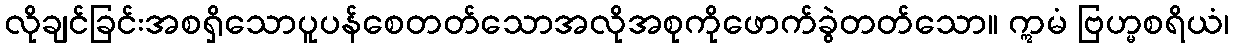
လိုချင်ခြင်းအစရှိသောပူပန်စေတတ်သောအလိုအစုကိုဖောက်ခွဲတတ်သော။ ဣမံ ဗြဟ္မစရိယံ၊